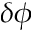
\delta \phi